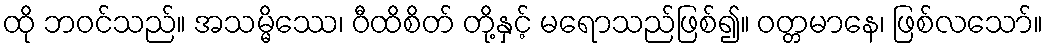
ထို ဘဝင်သည်။ အသမ္မိဿေ၊ ဝီထိစိတ် တို့နှင့် မရောသည်ဖြစ်၍။ ဝတ္တမာနေ၊ ဖြစ်လသော်။